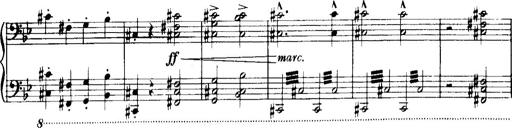
Title: Historische ungarische Bildnisse
Composer: Franz Liszt